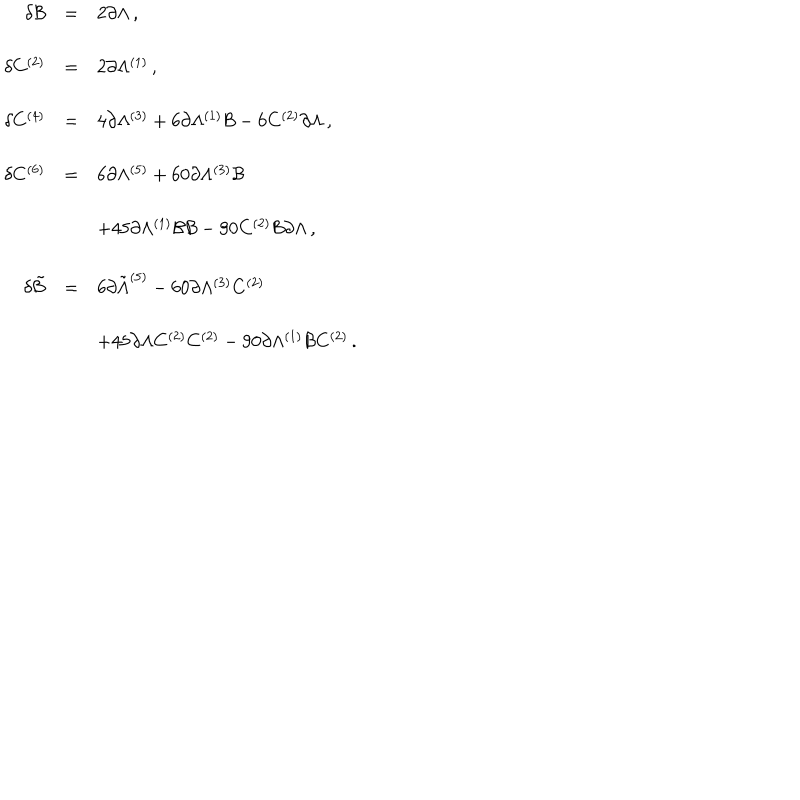
\begin{array} { r c l } { { \delta { \cal B } } } & { { = } } & { { 2 \partial \Lambda \, , } } \\ { { } } & { { } } & { { } } \\ { { \delta C ^ { ( 2 ) } } } & { { = } } & { { 2 \partial \Lambda ^ { ( 1 ) } \, , } } \\ { { } } & { { } } & { { } } \\ { { \delta C ^ { ( 4 ) } } } & { { = } } & { { 4 \partial \Lambda ^ { ( 3 ) } + 6 \partial \Lambda ^ { ( 1 ) } { \cal B } - 6 C ^ { ( 2 ) } \partial \Lambda \, , } } \\ { { } } & { { } } & { { } } \\ { { \delta C ^ { ( 6 ) } } } & { { = } } & { { 6 \partial \Lambda ^ { ( 5 ) } + 6 0 \partial \Lambda ^ { ( 3 ) } { \cal B } } } \\ { { } } & { { } } & { { } } \\ { { } } & { { } } & { { + 4 5 \partial \Lambda ^ { ( 1 ) } { \cal B } { \cal B } - 9 0 C ^ { ( 2 ) } { \cal B } \partial \Lambda \, , } } \\ { { } } & { { } } & { { } } \\ { { \delta { \tilde { \cal B } } } } & { { = } } & { { 6 \partial { \tilde { \Lambda } } ^ { ( 5 ) } - 6 0 \partial \Lambda ^ { ( 3 ) } C ^ { ( 2 ) } } } \\ { { } } & { { } } & { { } } \\ { { } } & { { } } & { { + 4 5 \partial \Lambda C ^ { ( 2 ) } C ^ { ( 2 ) } - 9 0 \partial \Lambda ^ { ( 1 ) } { \cal B } C ^ { ( 2 ) } \, . } } \\ \end{array}